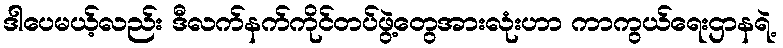
ဒါပေမယ့်လည်း ဒီလက်နက်ကိုင်တပ်ဖွဲ့တွေအားလုံးဟာ ကာကွယ်ရေးဌာနရဲ့